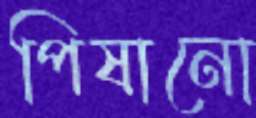
পিষানো